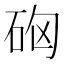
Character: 𥑪